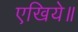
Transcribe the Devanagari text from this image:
एखिये॥